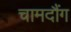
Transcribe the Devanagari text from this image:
चामदौंग